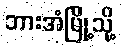
ဘားအံမြို့သို့